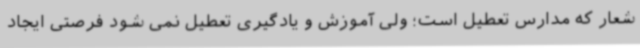
شعار که مدارس تعطیل است؛ ولی آموزش و یادگیری تعطیل نمی شود فرصتی ایجاد